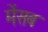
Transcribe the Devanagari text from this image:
मेंसब